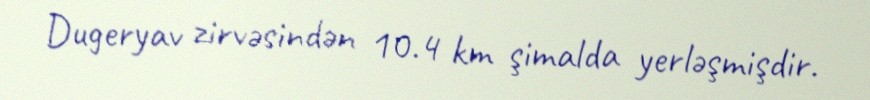
Dugeryav zirvəsindən 10.4 km şimalda yerləşmişdir.